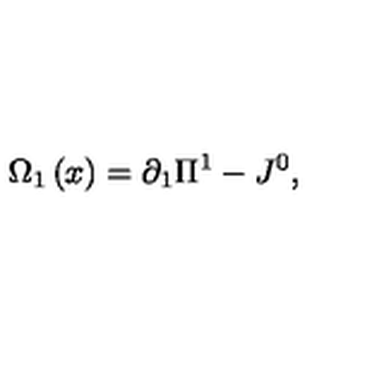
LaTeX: \Omega _ { 1 } \left( x \right) = \partial _ { 1 } \Pi ^ { 1 } - J ^ { 0 } ,